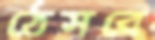
ঠেসবে